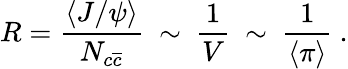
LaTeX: R=\frac{\langle J/\psi\rangle}{N_{c\overline{{{c}}}}}~\sim~\frac{1}{V}~\sim~\frac{1}{\langle\pi\rangle}~.